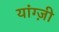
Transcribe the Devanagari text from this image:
यांग्ज़ी